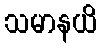
သမာနယိ